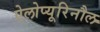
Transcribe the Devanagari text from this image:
ऐलोप्यूरिनौल